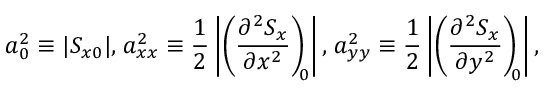
a _ { 0 } ^ { 2 } \equiv | S _ { x 0 } | , \; \! a _ { x x } ^ { 2 } \equiv \frac { 1 } { 2 } \left| \left( \frac { \partial ^ { 2 } S _ { x } } { \partial x ^ { 2 } } \right) _ { \! \! 0 } \right| , \; \! a _ { y y } ^ { 2 } \equiv \frac { 1 } { 2 } \left| \left( \frac { \partial ^ { 2 } S _ { x } } { \partial y ^ { 2 } } \right) _ { \! \! 0 } \right| ,